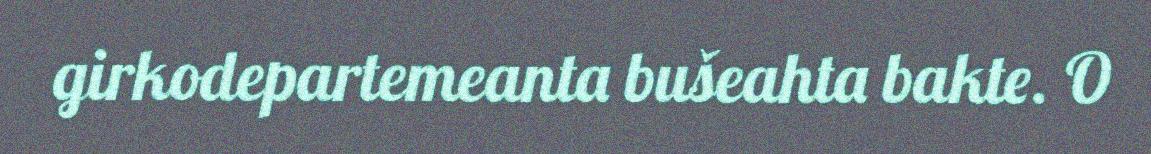
girkodepartemeanta bušeahta bakte. O